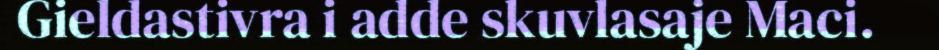
Gieldastivra i adde skuvlasaje Maci.